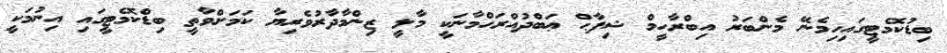
ބިޑުކޮމެޓީގައިހިމެނޭ މެންބަރު އިބްރާހީމް ޝިފާޙް ޢަބްދުއްރަޙްމާނަކީ މާލީ ޒިންމާދާރުވެރިޔާ ކަމަށްވާތީ ބިޑްކޮމެޓީގައި އިނުމަކީ